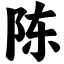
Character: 陈